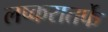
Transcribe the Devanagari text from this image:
लष्करातर्फे